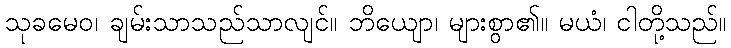
သုခမေဝ၊ ချမ်းသာသည်သာလျင်။ ဘိယျော၊ များစွာ၏။ မယံ၊ ငါတို့သည်။